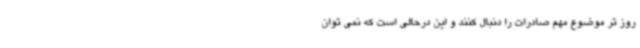
روز تر موضوع مهم صادرات را دنبال کنند و این درحالی است که نمی توان